Report on vaccination in Madras 1904-1921 - 1904-1921
Year: 1904
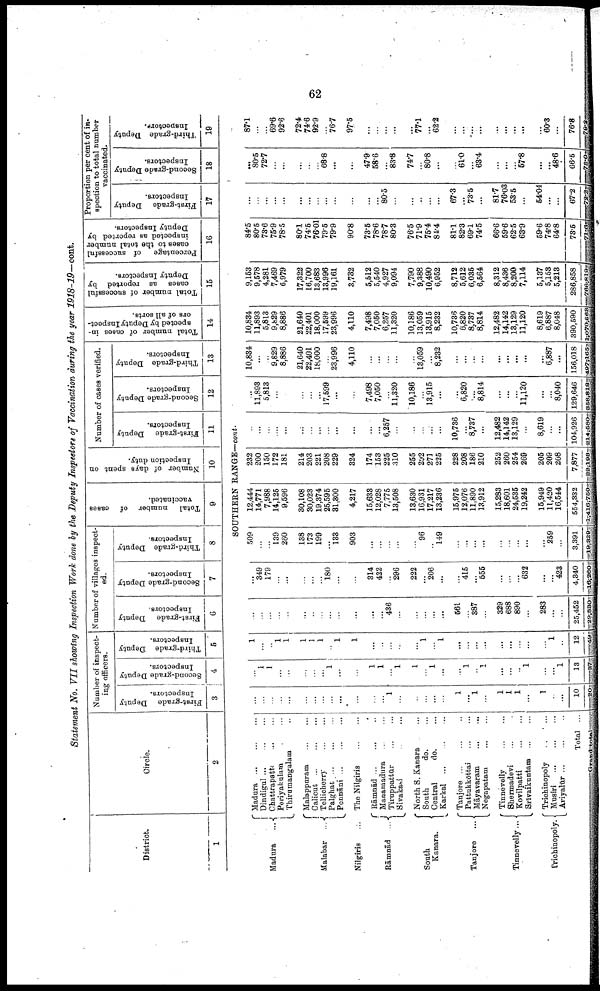
62
Statement No. VII showing Inspection Work done by the Deputy Inspectors of Vaccination during the year 1918-19—cont.
District.
1
Madura
...
Malabar ...
Nilgiris
...
Rāmnād
...
South
Kanara.
Tanjore
...
Tinnevelly...
Trichinopoly.
Circle.
2
Number of inspect
ing officers.
First-grade Deputy
Inspectors.
3
Second-grade Deputy
Inspectors.
4
Third-grade Deputy
Inspectors.
5
Number of villages inspect
ed.
First-grade Deputy
Inspectors.
6
Second-grade Deputy
Inspectors.
7
Third-grade Deputy
Inspectors.
8
Total number of cases
vaccinated.
9
Number of days spent on
Inspection duty.
10
Number of cases verified.
First-grade Deputy
Inspectors.
11
Second-grade Deputy
Inspectors.
12
Third-grade Deputy
Inspectors.
13
Total number of cases in
spected by Deputy Inspect
ors of all sorts.
14
Total number of successful
cases as reported by
Deputy Inspectors.
15
Percentage
of successful
cases to the total number
inspected as reported by
Deputy Inspectors.
16
Proportion per cent of in
spection to total number
vaccinated.
First-grade Deputy
Inspectors.
17
Second-grade Deputy
Inspectors.
18
Third-grade Deputy
Inspectors.
19
SOUTHERN RANGE—cont.
Madura
...
...
...
Dindigul
...
...
...
Chattrapattu ... ... ...
Periyakulam ... ...
Thirumangalam ... ...
Malappuram
...
...
Calicut
...
...
Tellicherry
...
...
Palghat
...
...
...
Ponnāni
...
...
...
The Nilgiris
...
...
Rāmnād ... ... ...
Manamadura
...
...
Tiruppattūr
...
...
Sivakasi ... ...
North S. Kanara ...
South
do. ...
Central
do. ...
Karkal
...
...
...
Tanjore ... ... ...
Pattnkkōttai ... ...
Māyavaram
...
...
Negapatam
...
...
Tinnevelly
...
...
Shermadevi ... ...
Kovilpatti
...
...
Srīvaikuntam
...
...
Trichinopoly ... ...
Musiri
...
...
...
Ariyalūr ... ... ...
Total ...
Grand total ...
...
...
...
...
...
...
...
...
...
...
...
...
...
1
...
...
...
...
...
1
...
1
...
1
1
1
...
1
...
...
10
20
...
1
1
...
...
...
...
...
1
...
...
1
1
...
1
1
...
1
...
...
1
...
1
...
...
...
1
...
...
1
13
37
1
...
...
1
1
1
1
1
...
1
1
...
...
...
...
...
1
...
1
...
...
...
...
...
...
...
...
...
1
...
12
49
...
...
...
...
...
...
...
...
...
...
...
...
...
436
...
...
...
...
...
561
...
387
...
329
688
890
...
283
...
...
25,452
29,830
...
349
179
...
...
...
...
...
180
...
...
314
422
...
296
222
...
206
...
...
415
...
555
...
...
...
632
...
...
423
4,340
16,260
509
...
...
139
260
138
173
199
...
133
903
...
...
...
...
...
96
...
149
...
...
...
...
...
...
...
...
...
259
...
3,391
19,329
12,444
14,771
7,988
14,125
9,596
30,108
30,023
19,374
25,595
31,300
4,217
15,638
12,028
7,775
13,508
13,630
16,931
17,217
13,236
15,975
12,076
11,890
13,912
15,283
18,601
24,535
19,242
15,949
11,420
16,544
554,332
1,416,760
232
200
150
172
181
214
203
221
208
229
324
174
153
225
310
255
292
271
225
228
208
186
210
252
260
254
269
205
209
208
7,877
22,198
...
...
...
...
...
...
...
...
...
...
...
...
...
6,257
...
...
...
...
...
10,736
...
8,737
...
12,482
14,142
13,129
...
8,619
...
...
104,926
214,580
...
11,893
5,813
...
...
...
...
...
17,599
...
...
7,498
7,050
...
11,320
10,186
...
13,915
...
...
6,820
...
8,814
...
...
...
11,120
...
...
8,040
129,646
358,818
10,834
...
...
9,829
8,886
21,640
22,401
18,000
...
23,996
4,110
...
...
...
...
...
13,059
...
8,232
...
...
...
...
...
...
...
...
...
6,887
...
156,018
497,165
10,834
11,893
5,813
9,829
8,886
21,640
22,401
18,000
17,599
23,996
4,110
7,498
7,050
6,257
11,320
10,186
13,059
13,915
8,232
10,736
6,820
8,737
8,814
12,482
14,142
13,129
11,120
8,619
6,887
8,048
390,590
1,070,563
9,153
9,578
4,281
7,469
6,979
17,322
16,700
13,683
13,996
19,161
3,732
5,512
5,540
4,927
9,094
7,790
9,388
10,490
6,952
8,712
5,612
6,035
6,564
8,312
8,436
8,200
7,114
5,137
5,163
5,213
286,858
766,819
84.5
80.5
73.6
75.9
78.5
80.1
74.5
76.01
79.5
79.9
90.8
73.5
78.6
78.7
80.3
76.5
71.9
75.4
84.4
81.1
82.3
69.1
74.5
66.6
59.6
62.5
68.9
59.6
74.8
64.8
78.5
71.6
...
...
...
...
...
...
...
...
...
...
...
...
...
80.5
...
...
...
...
...
67.3
...
73.5
...
81.7
76.03
53.5
...
64.04
...
...
67.2
72.2
...
80.5
72.7
...
...
...
...
...
68.8
...
...
47.9
58.6
...
83.8
74.7
...
80.8
...
...
61.0
...
63.4
...
...
...
67.8
...
...
48.6
66.5
73.0
87.1
...
...
69.6
92.6
72.4
74.6
92.9
...
76.7
97.5
...
...
...
...
...
77.1
...
62.2
...
...
...
...
...
...
...
...
...
60.3
...
76.8
79.2